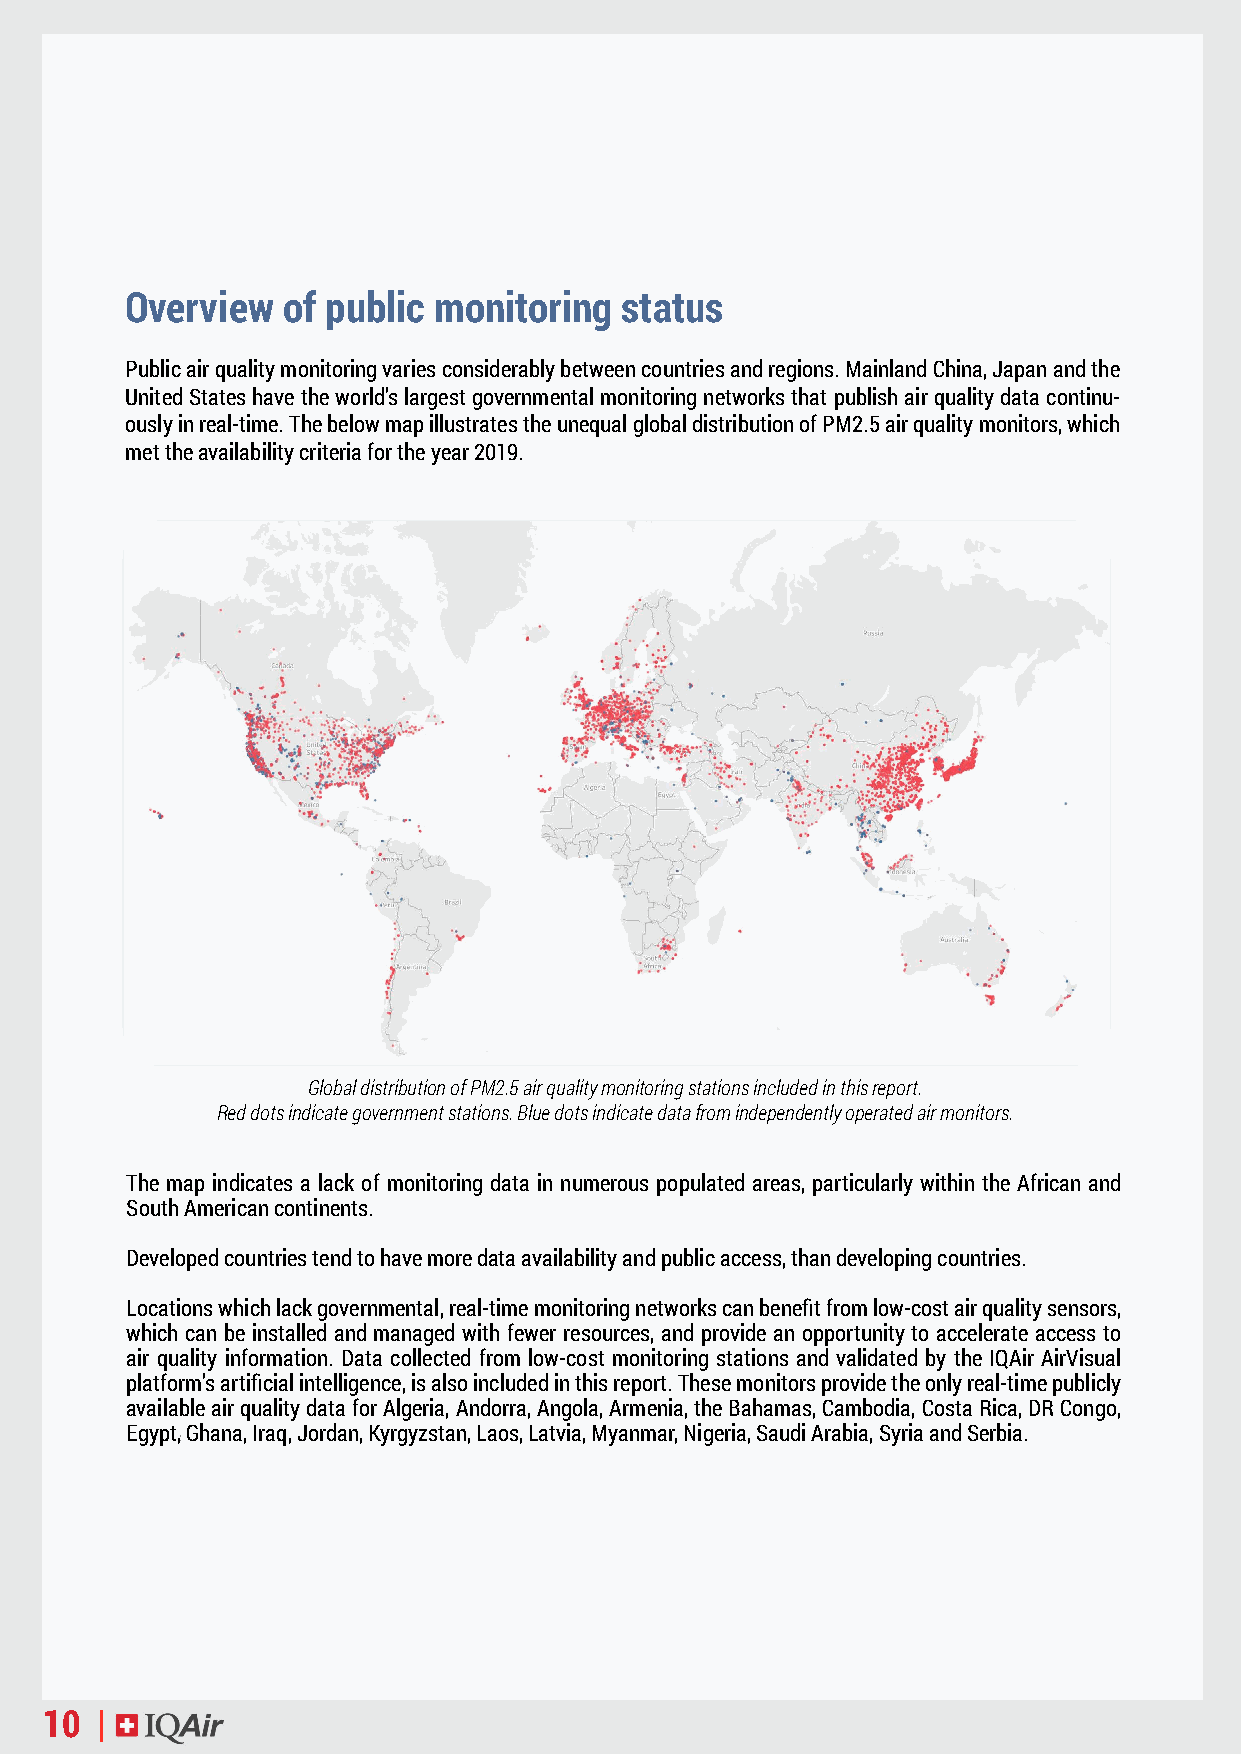
Overview   of public monitoring  status
 Public air quality monitoring varies considerably between countries and regions. Mainland China, Japan and the
 United States have the world’s largest governmental monitoring networks that publish air quality data continu-
 ously in real-time. The below map illustrates the unequal global distribution of PM2.5 air quality monitors, which
 met the availability criteria for the year 2019.
 Global distribution of PM2.5 air quality monitoring stations included in this report.
 Red dots indicate government stations. Blue dots indicate data from independently operated air monitors.
 The map indicates a lack of monitoring data in numerous populated areas, particularly within the African and
 South American continents.
 Developed countries tend to have more data availability and public access, than developing countries.
 Locations which lack governmental, real-time monitoring networks can benefit from low-cost air quality sensors,
 which can be installed and managed with fewer resources, and provide an opportunity to accelerate access to
 air quality information. Data collected from low-cost monitoring stations and validated by the IQAir AirVisual
 platform’s artificial intelligence, is also included in this report. These monitors provide the only real-time publicly
 available air quality data for Algeria, Andorra, Angola, Armenia, the Bahamas, Cambodia, Costa Rica, DR Congo,
 Egypt, Ghana, Iraq, Jordan, Kyrgyzstan, Laos, Latvia, Myanmar, Nigeria, Saudi Arabia, Syria and Serbia.
 10 |